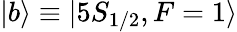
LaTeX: |b\rangle\equiv|5S_{1/2},F=1\rangle